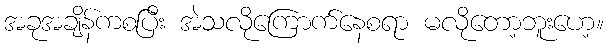
အခုအချိန်ကစပြီး အဲသလိုကြောက်နေစရာ မလိုတော့ဘူးဟေ့။